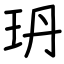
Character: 玬